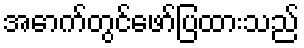
အောက်တွင်ဖော်ပြထားသည်